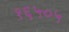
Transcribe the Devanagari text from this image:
१६५०५